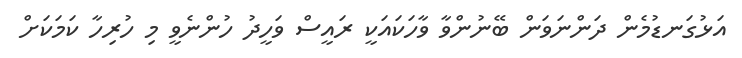
އަޅުގަނޑުމެން ދަންނަވަން ބޭނުންވާ ވާހަކައަކީ ރައީސް ވަހީދު ހުންނެވީ މި ހުރިހާ ކަމަކަށް